Report of the Indian Hemp Drugs Commission, 1894-1895 - Volume IV
Year: 1894
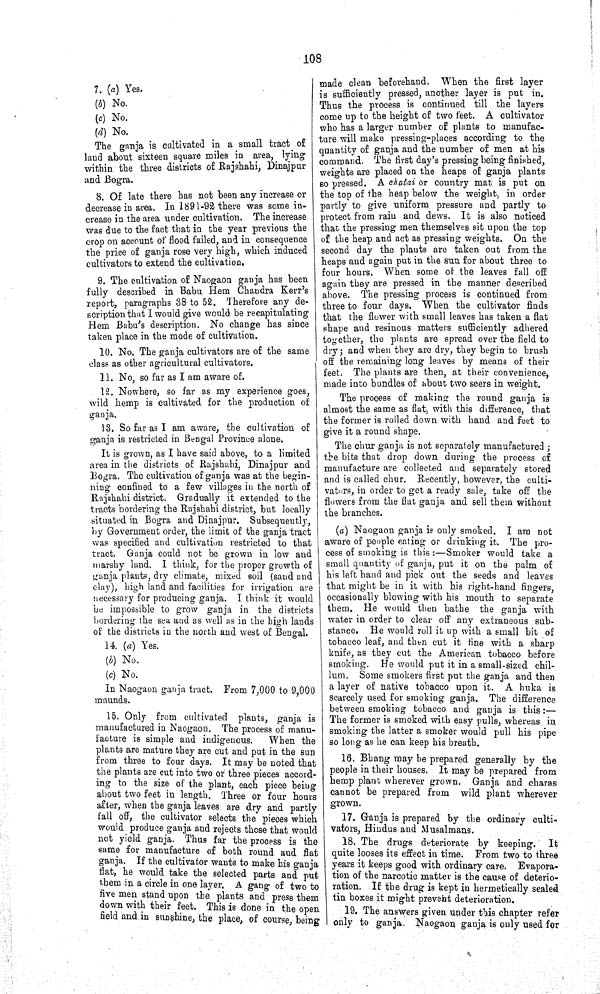
108
7. (a) Yes.
(b) No.
(c) No.
(d) No.
The ganja is cultivated in a small tract of
laud about sixteen square miles in area, lying
within the three districts of Rajshahi, Dinajpur
and Bogra.
8. Of late there has not been any increase or
decrease in area. In 1891-92 there was some in¬
crease in the area under cultivation. The increase
was due to the fact that in the year previous the
crop on account of flood failed, and in consequence
the price of ganja rose very high, which induced
cultivators to extend the cultivation.
9. The cultivation of Naogaon ganja has been
fully described in Babu Hem Chandra Kerr's
report, paragraphs 38 to 52. Therefore any de¬
scription that I would give would be recapitulating
Hem Babu's description. No change has since
taken place in the mode of cultivation.
10. No. The ganja cultivators are of the same
class as other agricultural cultivators.
11. No, so far as I am aware of.
12. Nowhere, so far as my experience goes,
wild hemp is cultivated for the production of
ganja.
13. So far as I am aware, the cultivation of
ganja is restricted in Bengal Province alone.
It is grown, as I have said above, to a limited
area in the districts of Rajshahi, Dinajpur and
Bogra. The cultivation of ganja was at the begin¬
ning confined to a few villages in the north of
Rajshahi district. Gradually it extended to the
tracts bordering the Rajshahi district, but locally
situated in Bogra and Dinajpur. Subsequently,
by Government order, the limit of the ganja tract
was specified and cultivation restricted to that
tract. Ganja could not be grown in low and
marshy land. I think, for the proper growth of
ganja plants, dry climate, mixed soil (sand and
clay), high land and facilities for irrigation are
necessary for producing ganja. I think it would
be impossible to grow ganja in the districts
bordering the sea and as well as in the high lands
of the districts in the north and west of Bengal.
14. (a) Yes.
(b) No.
(c) No.
In Naogaon ganja tract. From 7,000 to 9,000
maunds.
15. Only from cultivated plants, ganja is
manufactured in Naogaon. The process of manu¬
facture is simple and indigenous. When the
plants are mature they are cut and put in the sun
from three to four days. It may be noted that
the plants are cut into two or three pieces accord¬
ing to the size of the plant, each piece being
about two feet in length. Three or four hours
after, when the ganja leaves are dry and partly
fall off, the cultivator selects the pieces which
would produce ganja and rejects those that would
not yield ganja. Thus far the process is the
same for manufacture of both round and flat
ganja. If the cultivator wants to make his ganja
flat, he would take the selected parts and put
them in a circle in one layer. A gang of two to
five men stand upon the plants and press them
down with their feet. This is done in the open
field and in sunshine, the place, of course, being
made clean beforehand. When the first layer
is sufficiently pressed, another layer is put in.
Thus the process is continued till the layers
come up to the height of two feet. A cultivator
who has a larger number of plants to manufac¬
ture will make pressing-places according to the
quantity of ganja and the number of men at his
command. The first day's pressing being finished,
weights are placed on the heaps of ganja plants
so pressed. A chatai or country mat is put on
the top of the heap below the weight, in order
partly to give uniform pressure and partly to
protect from rain and dews. It is also noticed
that the pressing men themselves sit upon the top
of the heap and act as pressing weights. On the
second day the plants are taken out from the
heaps and again put in the sun for about three to
four hours. When some of the leaves fall off
again they are pressed in the manner described
above. The pressing process is continued from
three to four days. When the cultivator finds
that the flower with small leaves has taken a flat
shape and resinous matters sufficiently adhered
together, the plants are spread over the field to
dry; and when they are dry, they begin to brush
off the remaining long leaves by means of their
feet. The plants are then, at their convenience,
made into bundles of about two seers in weight.
The process of making the round ganja is
almost the same as flat, with this difference, that
the former is rolled down with hand and feet to
give it a round shape.
The chur ganja is not separately manufactured;
the bits that drop down during the process of
manufacture are collected and separately stored
and is called chur. Recently, however, the culti¬
vators, in order to get a ready sale, take off the
flowers from the flat ganja and sell them without
the branches.
(a) Naogaon ganja is only smoked. I am not
aware of people eating or drinking it. The pro¬
cess of smoking is this:—Smoker would take a
small quantity of ganja, put it on the palm of
his left hand and pick out the seeds and leaves
that might be in it with his right-hand fingers,
occasionally blowing with his mouth to separate
them. He would then bathe the ganja with
water in order to clear off any extraneous sub¬
stance. He would roll it up with a small bit of
tobacco leaf, and then cut it fine with a sharp
knife, as they cut the American tobacco before
smoking. He would put it in a small-sized chil-
lum. Some smokers first put the ganja and then
a layer of native tobacco upon it. A huka is
scarcely used for smoking ganja. The difference
between smoking tobacco and ganja is this:—
The former is smoked with easy pulls, whereas in
smoking the latter a smoker would pull his pipe
so long as he can keep his breath.
16. Bhang may be prepared generally by the
people in their houses. It may be prepared from
hemp plant wherever grown. Ganja and charas
cannot be prepared from wild plant wherever
grown.
17. Ganja is prepared by the ordinary culti-
vators, Hindus and Musalmans.
18. The drugs deteriorate by keeping. It
quite looses its effect in time. From two to three
years it keeps good with ordinary care. Evapora¬
tion of the narcotic matter is the cause of deterio¬
ration. If the drug is kept in hermetically sealed
tin boxes it might prevent deterioration.
19. The answers given under this chapter refer
only to ganja. Naogaon ganja is only used for